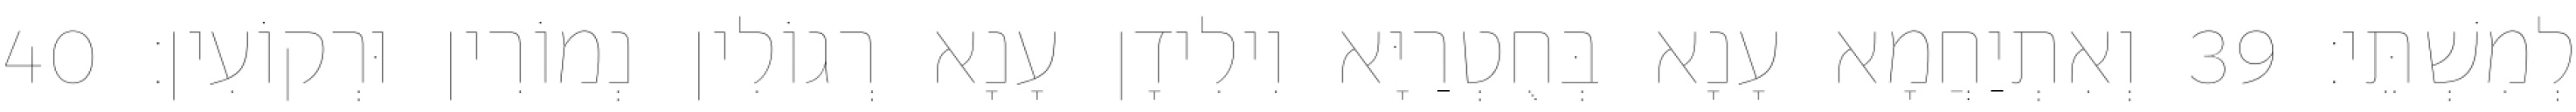
לְמִשְׁתֵּי׃ 39 וְאִתְיַחֲמָא עָנָא בְּחֻטְרַיָּא וִילִידָן עָנָא רְגוֹלִין נְמוֹרִין וּרְקוֹעִין׃ 40